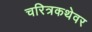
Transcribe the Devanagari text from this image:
चरित्रकथेवर